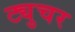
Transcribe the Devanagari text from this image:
ट्युचर